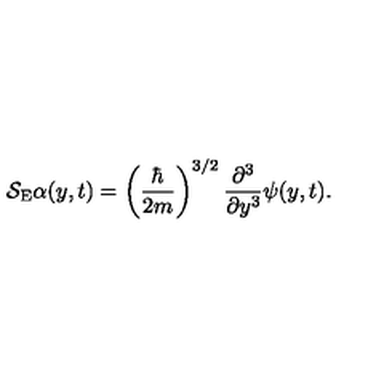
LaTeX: { \cal S } _ { \mathrm { E } } \alpha ( y , t ) = \left( \frac { \hbar } { 2 m } \right) ^ { 3 / 2 } \frac { \partial ^ { 3 } } { \partial y ^ { 3 } } \psi ( y , t ) .